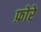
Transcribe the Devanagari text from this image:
फ़ोरे